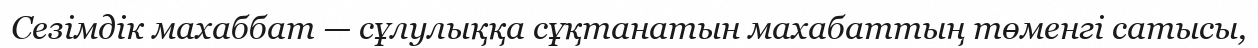
Сезімдік махаббат — сұлулыққа сұқтанатын махабаттың төменгі сатысы,